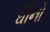
ઘીનો